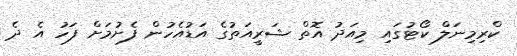
ކްރިމިނަލް ކޯޓުގައި މިއަދު އޮތް ޝަރީއަތުގެ އަޑުއެހުން ފެށުމަށް ފަހު އެ ދެ